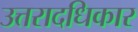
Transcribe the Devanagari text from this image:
उत्तरादधिकार